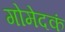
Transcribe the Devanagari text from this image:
गोमेदकं